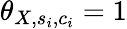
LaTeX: \theta_{X,s_{i},c_{i}}=1